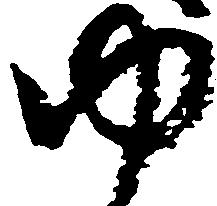
ゆ